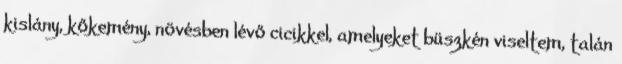
kislány, kőkemény, növésben lévő cicikkel, amelyeket büszkén viseltem, talán